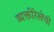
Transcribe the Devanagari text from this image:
व्यक्तीरेखेची